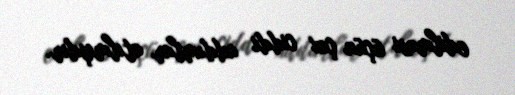
edilməsi üçün çox ciddi addımlar atılmışdır.